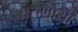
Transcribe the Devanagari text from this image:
तरुणायी